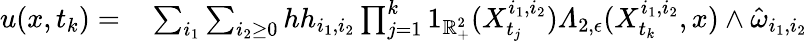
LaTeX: \begin{array}{rl}{u(x,t_{k})=}&{{}\sum_{i_{1}}\sum_{i_{2}\geq 0}hh_{i_{1},i_{2}}\prod_{j=1}^{k}1_{\mathbb{R}_{+}^{2}}(X_{t_{j}}^{i_{1},i_{2}})\varLambda_{2,\epsilon}(X_{t_{k}}^{i_{1},i_{2}},x)\wedge\hat{\omega}_{i_{1},i_{2}}}\end{array}